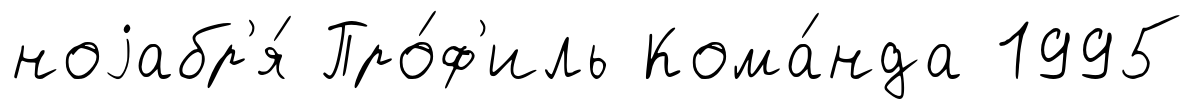
ноjабр'я́ Про́ф'иль Кома́нда 1995